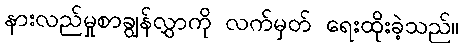
နားလည်မှုစာချွန်လွှာကို လက်မှတ် ရေးထိုးခဲ့သည်။